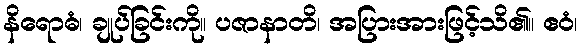
နိရောဓံ၊ ချုပ်ခြင်းကို။ ပဇာနာတိ၊ အပြားအားဖြင့်သိ၏။ ဧဝံ၊